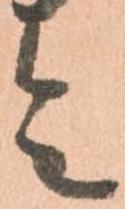
令